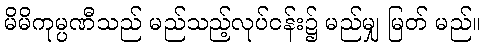
မိမိကုမ္ပဏီသည် မည်သည့်လုပ်ငန်း၌ မည်မျှ မြတ် မည်။